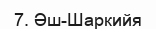
7. Әш-Шаркийя